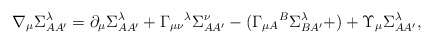
\begin{align*}\nabla _{\mu }\Sigma _{AA^{\prime }}^{\lambda }=\partial _{\mu }\Sigma_{AA^{\prime }}^{\lambda }+\Gamma _{\mu \nu }{}^{\lambda }\Sigma_{AA^{\prime }}^{\nu }-(\Gamma _{\mu A}{}^{B}\Sigma _{BA^{\prime }}^{\lambda}+)+\Upsilon _{\mu }\Sigma _{AA^{\prime }}^{\lambda }, \end{align*}